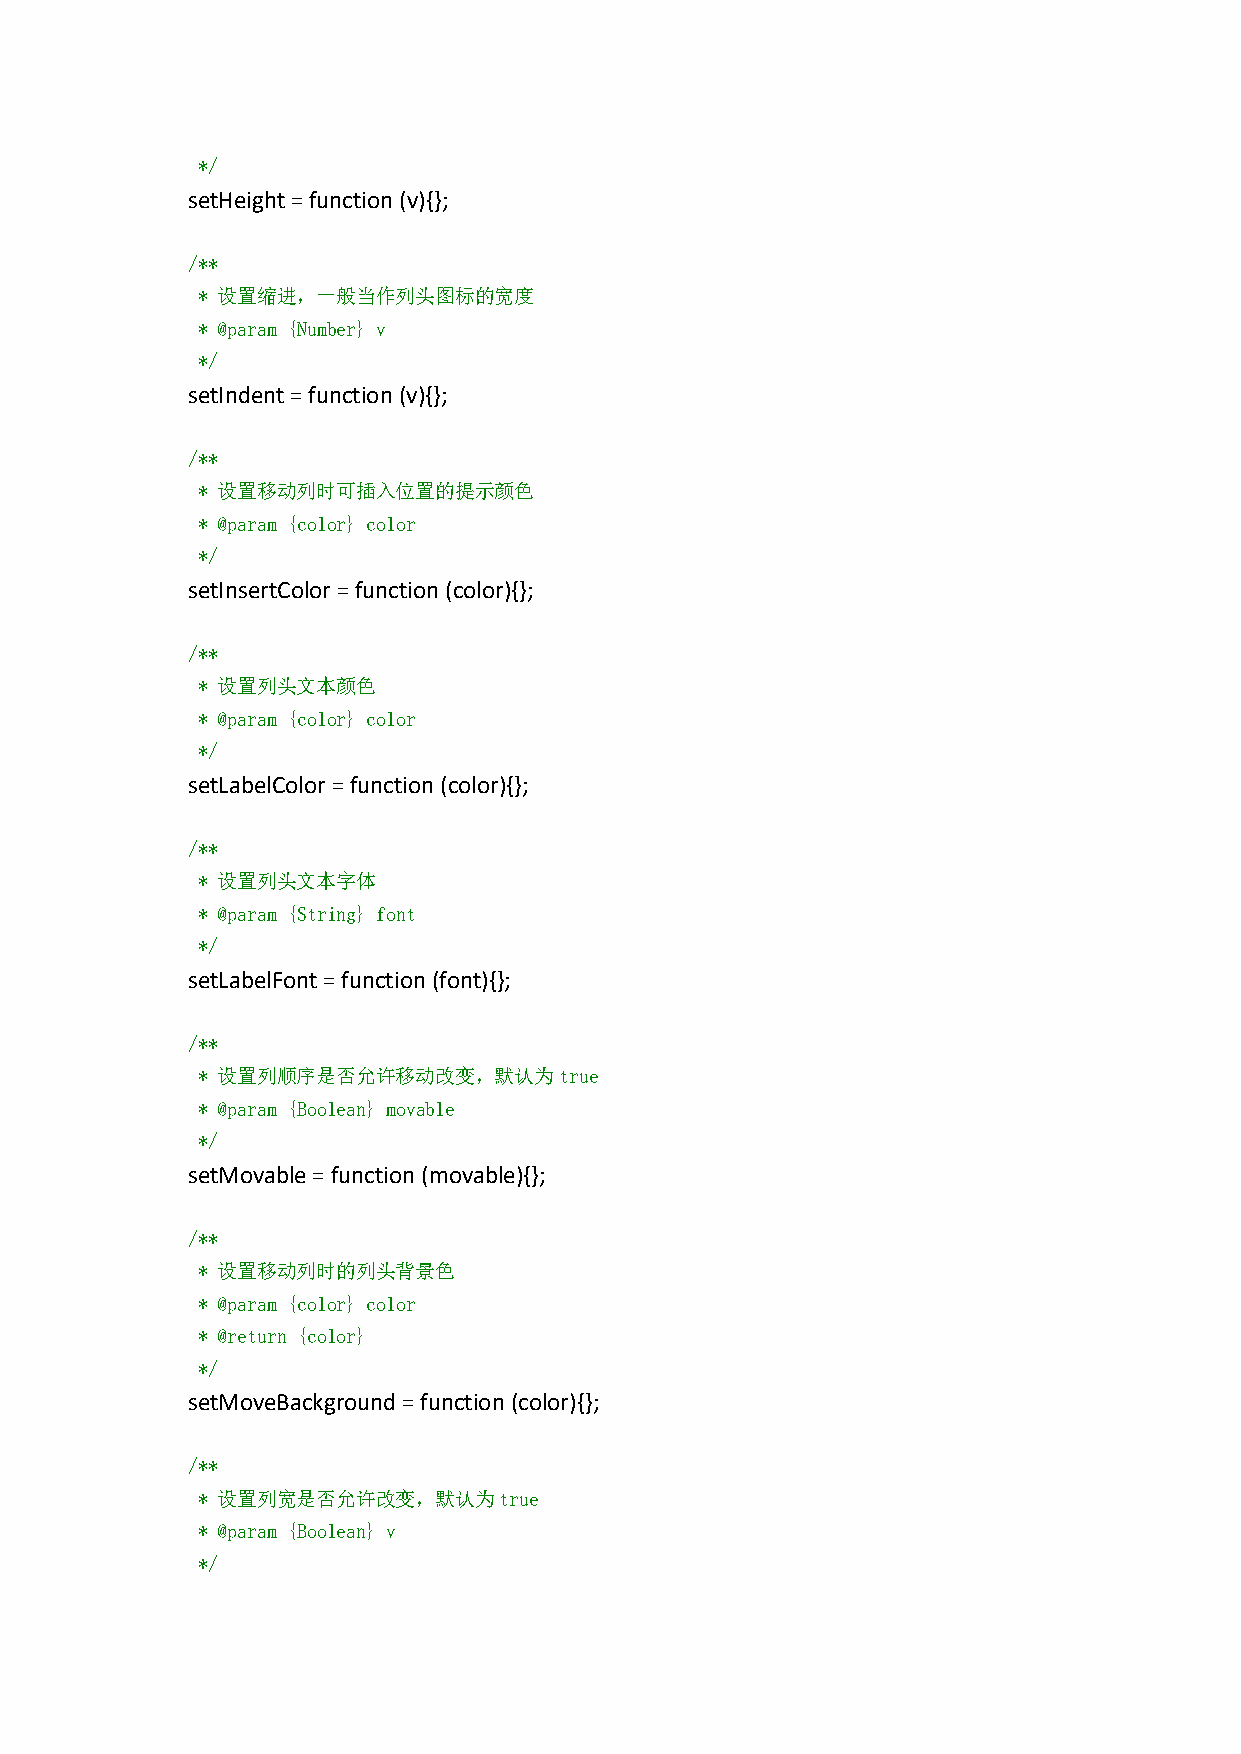
*/
 setHeight=function(v){};
 /**
 * 设置缩进，一般当作列头图标的宽度
 * @param {Number} v
 */
 setIndent=function(v){};
 /**
 * 设置移动列时可插入位置的提示颜色
 * @param {color} color
 */
 setInsertColor=function(color){};
 /**
 * 设置列头文本颜色
 * @param {color} color
 */
 setLabelColor=function(color){};
 /**
 * 设置列头文本字体
 * @param {String} font
 */
 setLabelFont=function(font){};
 /**
 * 设置列顺序是否允许移动改变，默认为true
 * @param {Boolean} movable
 */
 setMovable=function(movable){};
 /**
 * 设置移动列时的列头背景色
 * @param {color} color
 * @return {color}
 */
 setMoveBackground=function(color){};
 /**
 * 设置列宽是否允许改变，默认为true
 * @param {Boolean} v
 */